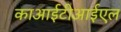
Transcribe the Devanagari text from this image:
काआईटीआईएल